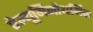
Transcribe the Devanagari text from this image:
ऐल्यूमिनोथर्मिक